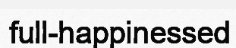
full-happinessed